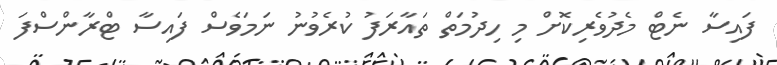
ފައިސާ ނެޓް މެދުވެރިކޮށް މި ހިދުމަތް ތައާރަފު ކުރެވުނު ނަމަވެސް ފައިސާ ޓްރާންސްފަ